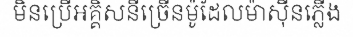
មិនប្រើអគ្គិសនីច្រើនម៉ូដែលម៉ាស៊ីនភ្លើង